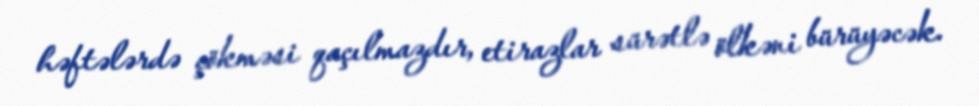
həftələrdə çökməsi qaçılmazdır, etirazlar sürətlə ölkəni bürüyəcək.